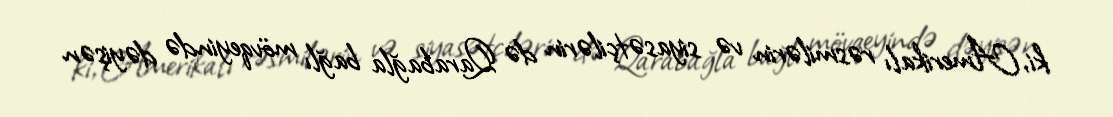
ki, Amerikalı rəsmilərin və siyasətçilərin də Qarabağla bağlı mövqeyində dəyişən